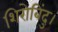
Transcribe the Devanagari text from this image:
शिरोबिंदु।